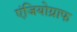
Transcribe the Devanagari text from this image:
एंजियोग्राफ